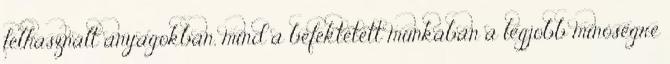
felhasznált anyagokban, mind a befektetett munkában a legjobb minôségre